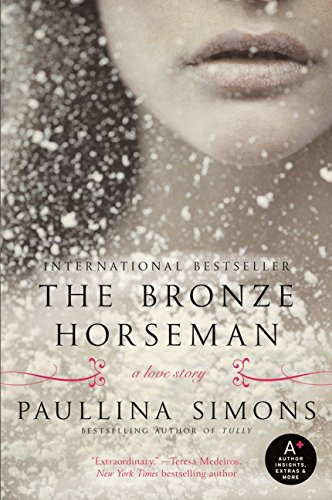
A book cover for The Bronze Horseman; Paullina Simons; Romance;